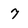
Character: 7